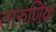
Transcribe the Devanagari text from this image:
तारुणिक